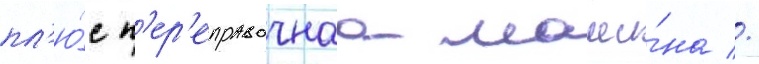
пл'ю́с п'ер'еправочнаа маши́на //